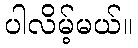
ပါလိမ့်မယ်။